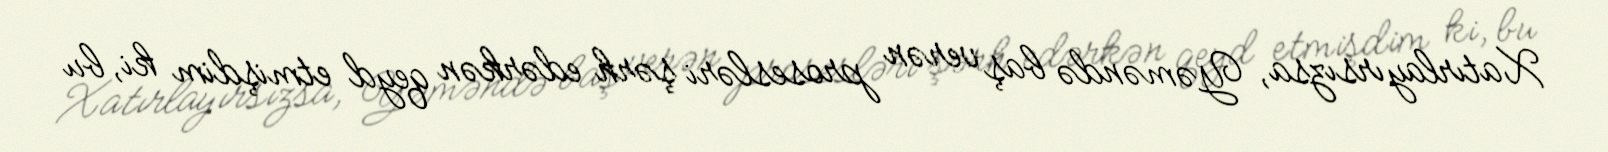
Xatırlayırsızsa, Yəməndə baş verən prosesləri şərh edərkən qeyd etmişdim ki, bu